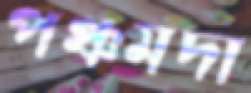
পঞ্চমদা